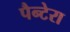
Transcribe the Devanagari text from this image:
पैन्टेरा